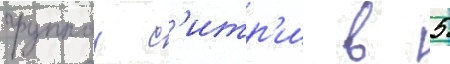
группои с'итр'и в 5